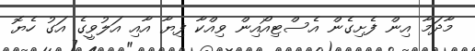
މާދަމާ އިން ފެށިގެން އެސްޓިއޯއިން ވިއްކާ ފިޔާ އާއި އަލުވީގެ އަގު ހެޔޮ